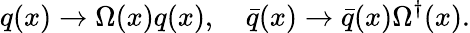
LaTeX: q(x)\rightarrow\Omega(x)q(x),\quad\bar{q}(x)\rightarrow\bar{q}(x)\Omega^{\dagger}(x).